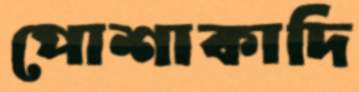
পোশাকাদি